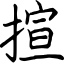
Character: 揎